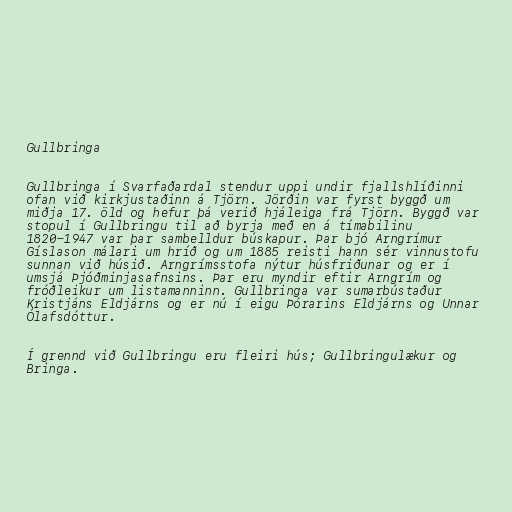
Gullbringa

Gullbringa í Svarfaðardal stendur uppi undir fjallshlíðinni
ofan við kirkjustaðinn á Tjörn. Jörðin var fyrst byggð um
miðja 17. öld og hefur þá verið hjáleiga frá Tjörn. Byggð var
stopul í Gullbringu til að byrja með en á tímabilinu
1820-1947 var þar sambelldur búskapur. Þar bjó Arngrímur
Gíslason málari um hríð og um 1885 reisti hann sér vinnustofu
sunnan við húsið. Arngrímsstofa nýtur húsfriðunar og er í
umsjá Þjóðminjasafnsins. Þar eru myndir eftir Arngrím og
fróðleikur um listamanninn. Gullbringa var sumarbústaður
Kristjáns Eldjárns og er nú í eigu Þórarins Eldjárns og Unnar
Ólafsdóttur.

Í grennd við Gullbringu eru fleiri hús; Gullbringulækur og
Bringa.